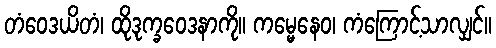
တံဝေဒယိတံ၊ ထိုဒုက္ခဝေဒနာကို။ ကမ္မေနေဝ၊ ကံကြောင့်သာလျှင်။